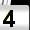
Digit: 4